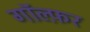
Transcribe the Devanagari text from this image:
गॉल्फ़र